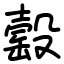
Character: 䍍